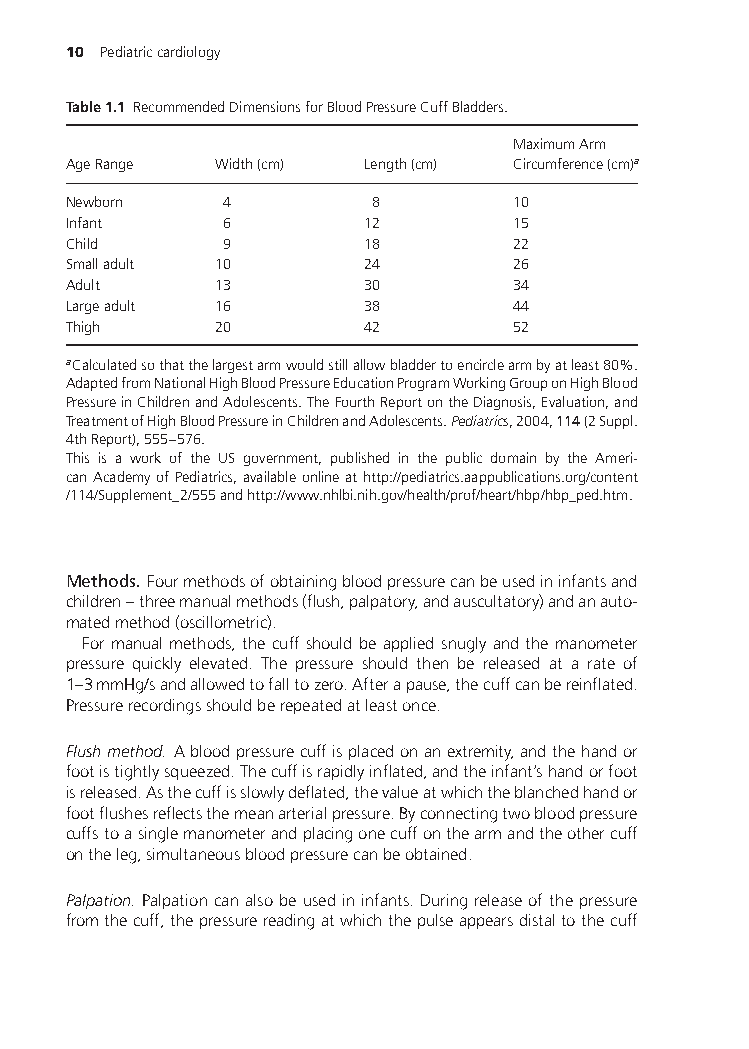
10 Pediatriccardiology
 Table1.1 RecommendedDimensionsforBloodPressureCuffBladders.
 MaximumArm
 AgeRange  Width(cm) Length(cm) Circumference(cm)a
 Newborn   4         8        10
 Infant    6         12       15
 Child     9         18       22
 Smalladult 10       24       26
 Adult     13        30       34
 Largeadult 16       38       44
 Thigh     20        42       52
 aCalculatedsothatthelargestarmwouldstillallowbladdertoencirclearmbyatleast80%.
 AdaptedfromNationalHighBloodPressureEducationProgramWorkingGrouponHighBlood
 PressureinChildrenandAdolescents.TheFourthReportontheDiagnosis,Evaluation,and
 TreatmentofHighBloodPressureinChildrenandAdolescents.Pediatrics,2004,114(2Suppl.
 4thReport),555–576.
 This is a work of the US government, published in the public domain by the Ameri-
 canAcademyofPediatrics,availableonlineathttp://pediatrics.aappublications.org/content
 /114/Supplement_2/555andhttp://www.nhlbi.nih.gov/health/prof/heart/hbp/hbp_ped.htm.
 Methods. Fourmethodsofobtainingbloodpressurecanbeusedininfantsand
 children–threemanualmethods(flush,palpatory,andauscultatory)andanauto-
 matedmethod(oscillometric).
 For manual methods, the cuff should be applied snugly and the manometer
 pressure quickly elevated. The pressure should then be released at a rate of
 1–3mmHg/sandallowedtofalltozero.Afterapause,thecuffcanbereinflated.
 Pressurerecordingsshouldberepeatedatleastonce.
 Flushmethod. Abloodpressurecuffisplacedonanextremity,andthehandor
 footistightlysqueezed.Thecuffisrapidlyinflated,andtheinfant’shandorfoot
 isreleased.Asthecuffisslowlydeflated,thevalueatwhichtheblanchedhandor
 footflushesreflectsthemeanarterialpressure.Byconnectingtwobloodpressure
 cuffstoasinglemanometerandplacingonecuffonthearmandtheothercuff
 ontheleg,simultaneousbloodpressurecanbeobtained.
 Palpation. Palpationcanalsobeusedininfants.Duringreleaseofthepressure
 fromthecuff,thepressurereadingatwhichthepulseappearsdistaltothecuff